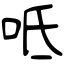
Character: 呧